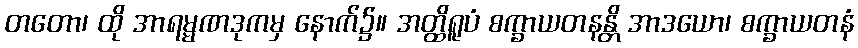
တတော၊ ထို အာရမ္မဏဒုကမှ နောက်၌။ အတ္ထိရူပံ စက္ခာယတနန္တိ အာဒယော၊ စက္ခာယတနံ